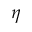
\eta